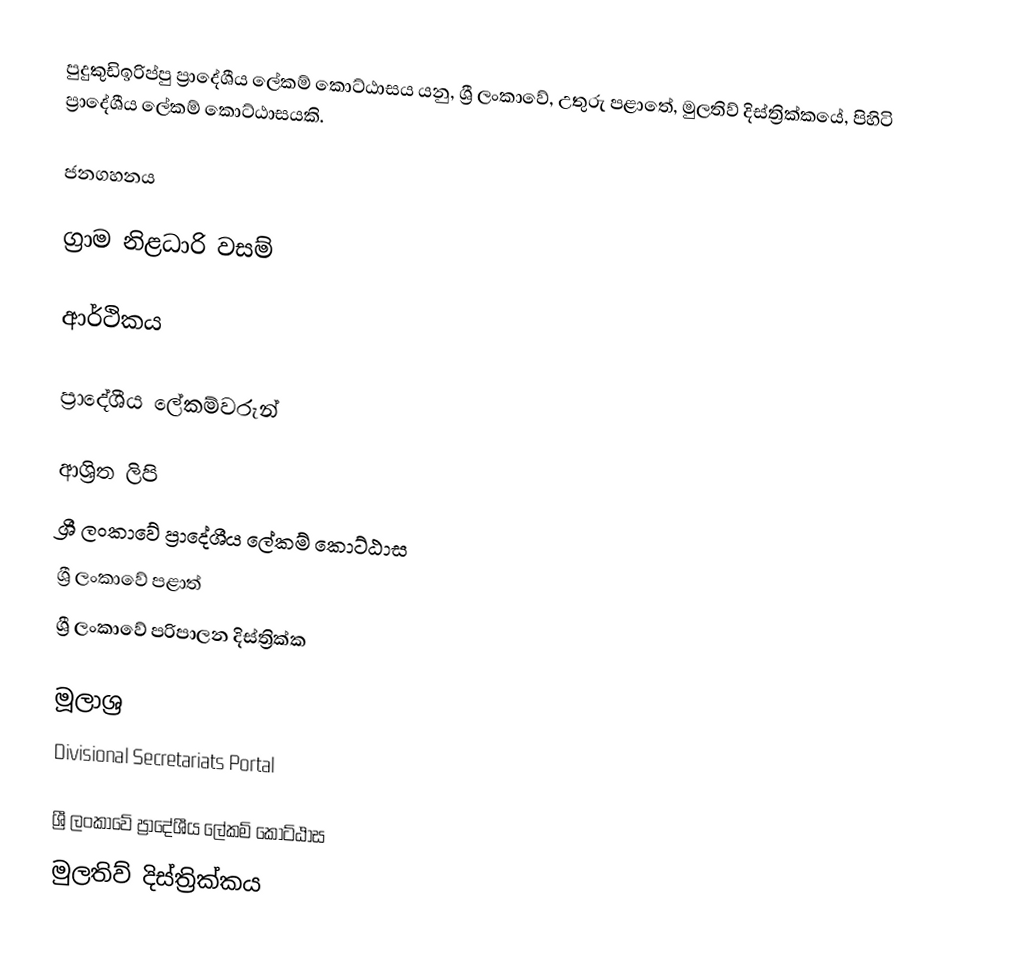
පුදුකුඩිඉරිප්පු ප්‍රාදේශීය ලේකම් කොට්ඨාසය යනු,  ශ්‍රී ලංකාවේ, උතුරු පළාතේ,   මුලතිව් දිස්ත්‍රික්කයේ, පිහිටි ප්‍රාදේශීය ලේකම් කොට්ඨාසයකි.

ජනගහනය

ග්‍රාම නිළධාරි වසම්

ආර්ථිකය

ප්‍රාදේශීය ලේකම්වරුන්

ආශ්‍රිත ලිපි
ශ්‍රී ලංකාවේ ප්‍රාදේශීය ලේකම් කොට්ඨාස
ශ්‍රී ලංකාවේ පළාත්
ශ්‍රී ලංකාවේ පරිපාලන දිස්ත්‍රික්ක

මූලාශ්‍ර
 Divisional Secretariats Portal

ශ්‍රී ලංකාවේ ප්‍රාදේශීය ලේකම් කොට්ඨාස
මුලතිව් දිස්ත්‍රික්කය